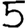
Digit: 5